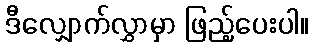
ဒီလျှောက်လွှာမှာ ဖြည့်ပေးပါ။